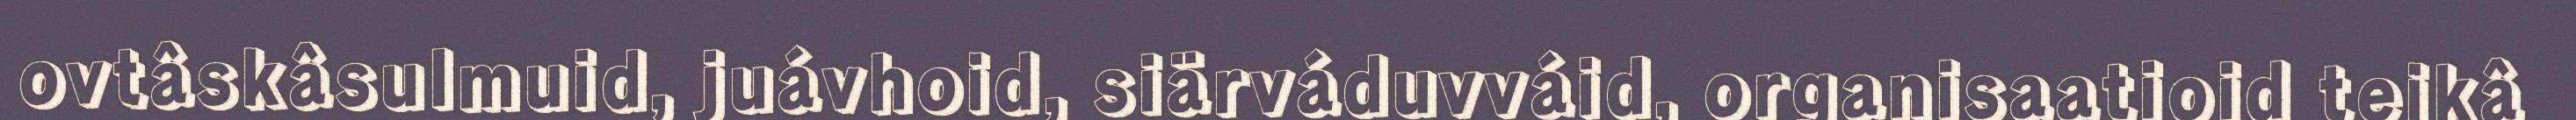
ovtâskâsulmuid, juávhoid, siärváduvváid, organisaatioid teikâ